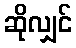
ဆိုလျှင်